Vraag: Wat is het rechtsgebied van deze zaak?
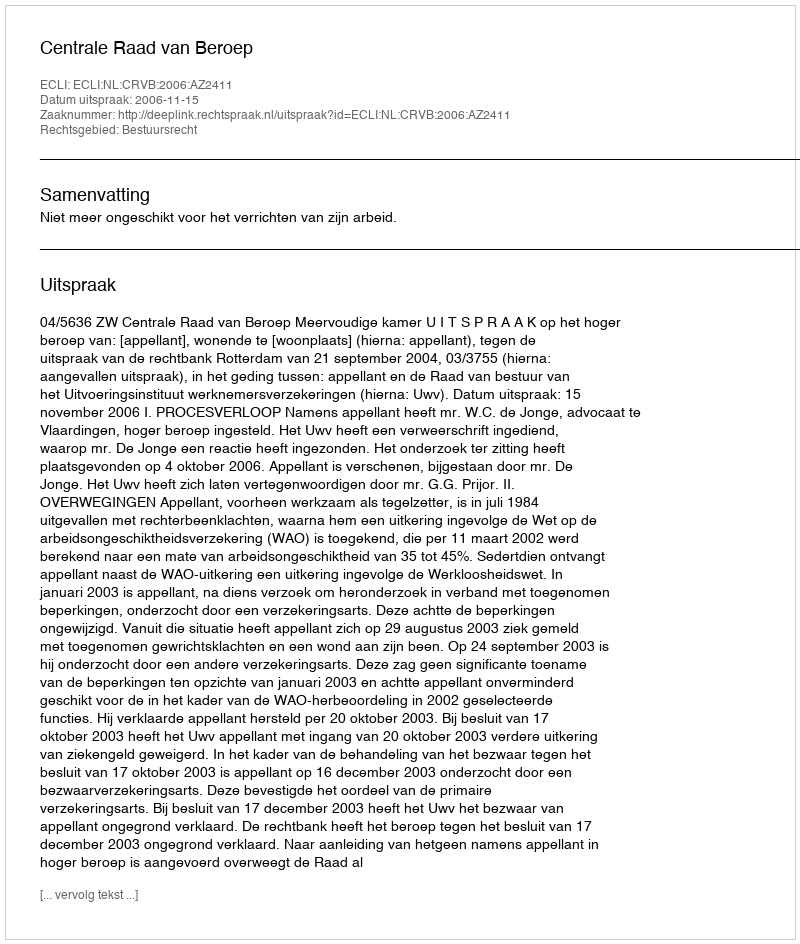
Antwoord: Bestuursrecht